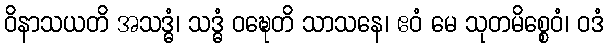
ဝိနာသယတိ အသဒ္ဓံ၊ သဒ္ဓံ ဝဍ္ဎေတိ သာသနေ၊ ဧဝံ မေ သုတမိစ္စေဝံ၊ ဝဒံ